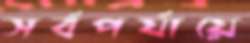
সর্বপর্যায়ে